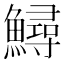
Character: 鱘